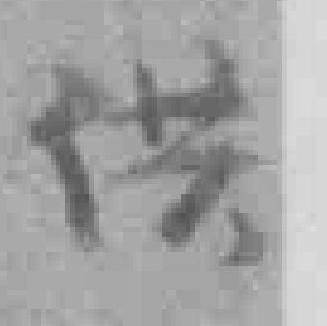
供